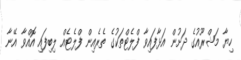
ހިޔާ މަޝްރޫއުގެ ދަށުން އަޅާފައިވާ ފްލެޓްތަކުގެ ތެރެއިން ފްލެޓެއް ލިބިފައި އޮއްވާ އޭނާ